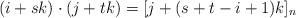
LaTeX: \begin{align*}(i+sk)\cdot (j+tk)=[j+(s+t-i+1)k]_n\end{align*}